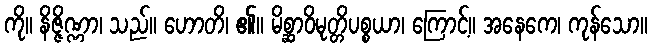
ကို။ နိဇ္ဇိဏ္ဏာ၊ သည်။ ဟောတိ၊ ၏။ မိစ္ဆာဝိမုတ္တိပစ္စယာ၊ ကြောင့်။ အနေကေ၊ ကုန်သော။